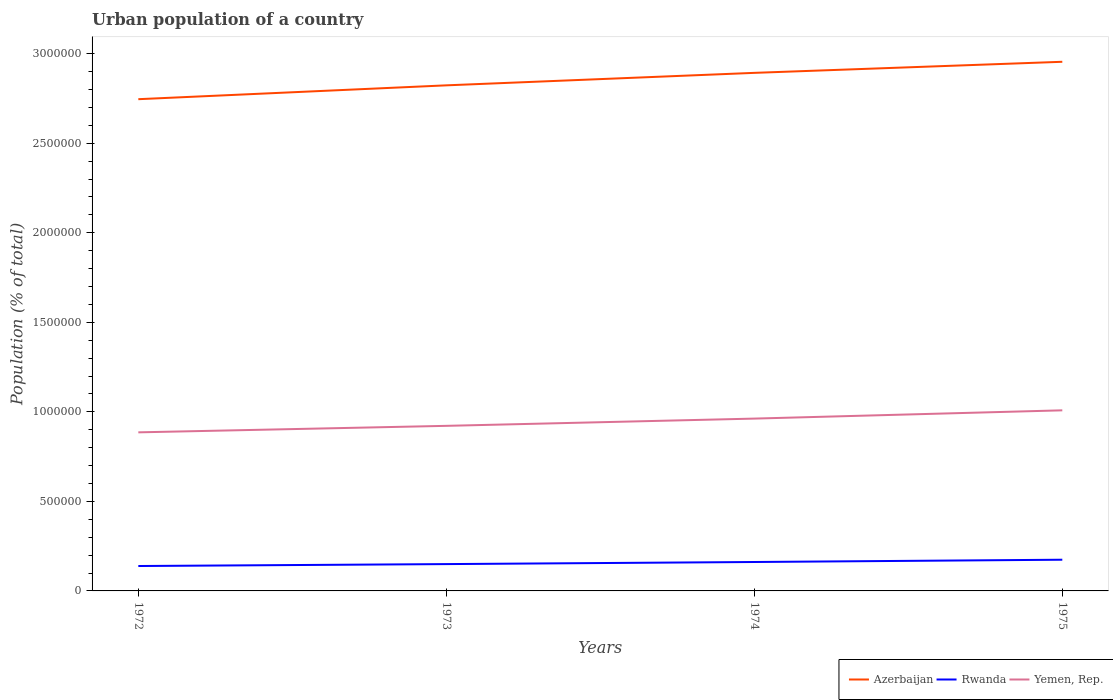
| Years | Azerbaijan | Rwanda | Yemen, Rep. |
 | --- | --- | --- | --- |
 | 1972 | 2.75e+06 | 1.39e+05 | 8.86e+05 |
 | 1973 | 2.82e+06 | 1.5e+05 | 9.22e+05 |
 | 1974 | 2.89e+06 | 1.62e+05 | 9.62e+05 |
 | 1975 | 2.95e+06 | 1.74e+05 | 1.01e+06 |